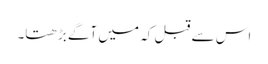
اس سے قبل کہ میں آگے بڑھتا۔